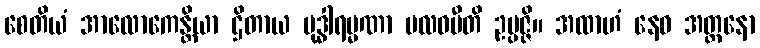
စေတိယံ အာလောကေန္တိယာ ဌိတာယ ဗုဒ္ဓါရမ္မဏာ ဗလဝပီတိ ဥပ္ပဇ္ဇိ။ အထာဟံ နေဝ အတ္တနော